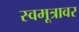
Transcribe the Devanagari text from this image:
स्वमूत्रावर